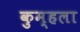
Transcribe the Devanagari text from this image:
कुम्हला